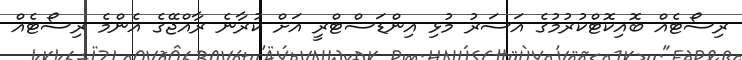
ރިސޯޓެއް ބޮއިކޮޓްކުރުމުގެ އަސަރު މުޅި އިންޑަސްޓްރީ އަށް ކުރާނެ ރާއްޖޭގެ އެންމެ ރިސޯޓެއް